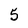
Character: 5